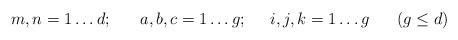
LaTeX: \begin{align*}m,n = 1 \ldots d; \; \; \; \; \; \; a,b,c = 1 \ldots g; \; \; \; \; \; i,j,k = 1 \ldots g \; \; \; \; \; \; (g \leq d)\end{align*}